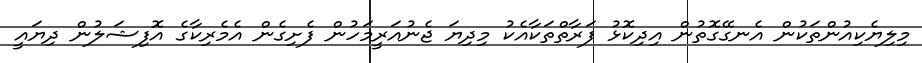
މިލިޔެކިއުންތަކުން އެނގޭގޮތުން އިދިކޮޅު ފަރާތްތަކާއެކު މިދިޔަ ޖެނުއަރީމަހުން ފެށިގެން އެމެރިކާގެ އޮފިޝަލުން ދިޔައީ